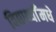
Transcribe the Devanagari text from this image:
विद्यार्थ्याँमधे